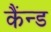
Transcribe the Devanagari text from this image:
कैंन्ड